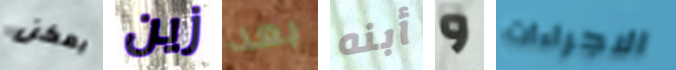
يمكن زين بعد أبنه و الاجراءات